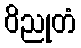
ဝိညုတံ